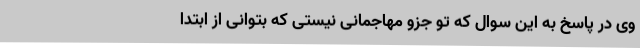
وی در پاسخ به این سوال که تو جزو مهاجمانی نیستی که بتوانی از ابتدا